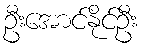
ဦးအောင်နိုင်ဦး